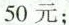
50元；